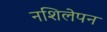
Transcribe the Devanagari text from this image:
नशिलेपन